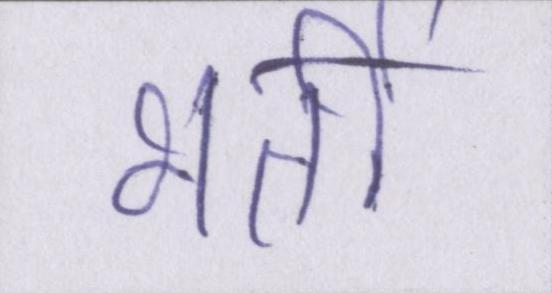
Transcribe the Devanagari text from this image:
भर्ती